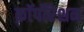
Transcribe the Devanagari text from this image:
क़ाॅर्पोरेशन